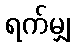
ရက်မျှ